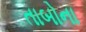
તાબોના